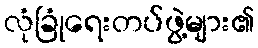
လုံခြုံရေးတပ်ဖွဲ့များ၏